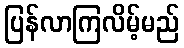
ပြန်လာကြလိမ့်မည်